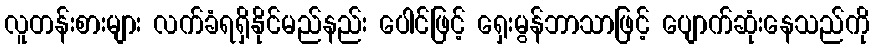
လူတန်းစားများ လက်ခံရရှိနိုင်မည်နည်း ပေါင်ဖြင့် ရှေးမွန်ဘာသာဖြင့် ပျောက်ဆုံးနေသည်ကို